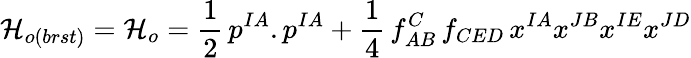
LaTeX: {\cal H}_{o(brst)}={\cal H}_{o}=\frac{1}{2}\, p^{IA}.p^{IA}+\frac{1}{4}\, f_{AB}^{C}\, f_{CED}\, x^{IA}x^{JB}x^{IE}x^{JD}